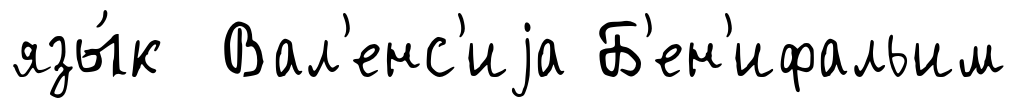
язы́к Вал'енс'иjа Б'ен'ифальим